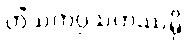
တိံသကပ္ပသဟဿမှိ